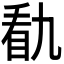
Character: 𭾭